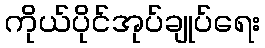
ကိုယ်ပိုင်အုပ်ချုပ်ရေး